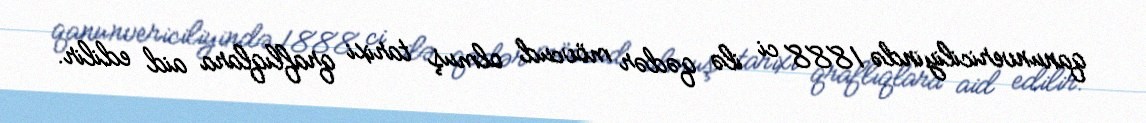
qanunvericiliyində 1888 ci ilə qədər mövcud olmuş tarixi qraflıqlara aid edilir.